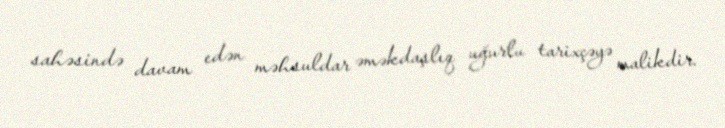
sahəsində davam edən məhsuldar əməkdaşlıq uğurlu tarixçəyə malikdir.